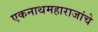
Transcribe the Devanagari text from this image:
एकनाथमहाराजांचे